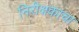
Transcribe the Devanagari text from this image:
निरीक्षकाचा